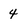
Character: 4